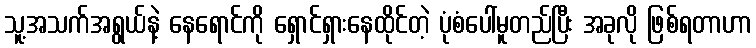
သူ့အသက်အရွယ်နဲ့ နေရောင်ကို ရှောင်ရှားနေထိုင်တဲ့ ပုံစံပေါ်မူတည်ပြီး အခုလို ဖြစ်ရတာဟာ